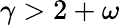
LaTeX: \gamma>2+\omega